Civil Veterinary Department. Central Provinces & Berar 1925-31 - 1925-1931
Year: 1925
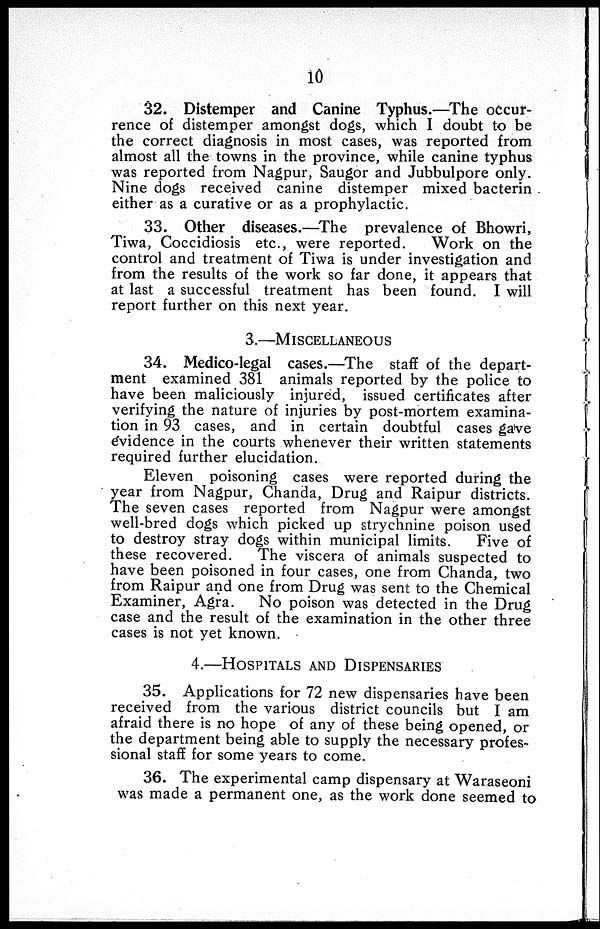
10
32. Distemper and Canine Typhus.—The occur-
rence of distemper amongst dogs, which I doubt to be
the correct diagnosis in most cases, was reported from
almost all the towns in the province, while canine typhus
was reported from Nagpur, Saugor and Jubbulpore only.
Nine dogs received canine distemper mixed bacterin
either as a curative or as a prophylactic.
33. Other diseases.—The prevalence of Bhowri,
Tiwa, Coccidiosis etc., were reported.
Work on the
control and treatment of Tiwa is under investigation and
from the results of the work so far done, it appears that
at last a successful treatment has been found. I will
report further on this next year.
3.—MISCELLANEOUS
34. Medico-legal cases.—The staff of the depart-
ment examined 381 animals reported by the police to
have been maliciously injured, issued certificates after
verifying the nature of injuries by post-mortem examina-
tion in 93 cases, and in certain doubtful cases gave
evidence in the courts whenever their written statements
required further elucidation.
Eleven poisoning cases were reported during the
year from Nagpur, Chanda, Drug and Raipur districts.
The seven cases reported from Nagpur were amongst
well-bred dogs which picked up strychnine poison used
to destroy stray dogs within municipal limits.
Five of
these recovered.
The viscera of animals suspected to
have been poisoned in four cases, one from Chanda, two
from Raipur and one from Drug was sent to the Chemical
Examiner, Agra.
No poison was detected in the Drug
case and the result of the examination in the other three
cases is not yet known.
4.—HOSPITALS AND DISPENSARIES
35. Applications for 72 new dispensaries have been
received from the various district councils but I am
afraid there is no hope of any of these being opened, or
the department being able to supply the necessary profes-
sional staff for some years to come.
36. The experimental camp dispensary at Waraseoni
was made a permanent one, as the work done seemed to